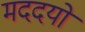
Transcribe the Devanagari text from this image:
मददयो